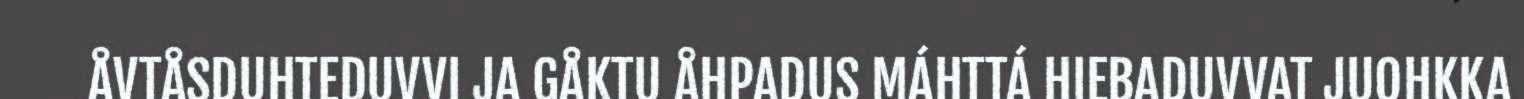
ÅVTÅSDUHTEDUVVI JA GÅKTU ÅHPADUS MÁHTTÁ HIEBADUVVAT JUOHKKA